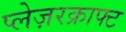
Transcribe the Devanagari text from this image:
प्लेज़रक्राफ्ट